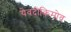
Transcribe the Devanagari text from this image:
येवदोकिमोव